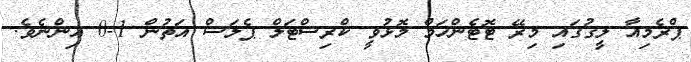
ޕްރެމިއާ ލީގުގައި މިރޭ ޓޮޓެންހަމް މޮޅުވީ ކްރިސްޓަލް ޕެލަސް އަތުން 1-0 އިންނެވެ.